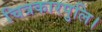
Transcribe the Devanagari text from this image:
चित्रकारपुलि।